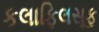
કલાફિલસૂફ